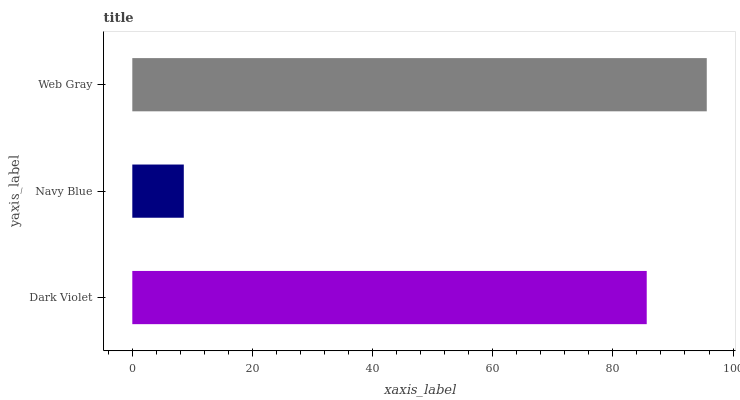
| yaxis_label | bars |
 | --- | --- |
 | Dark Violet | 85.6 |
 | Navy Blue | 8.57 |
 | Web Gray | 95.6 |